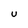
Character: U